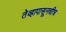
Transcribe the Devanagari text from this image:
तेव्हापासूनचीच